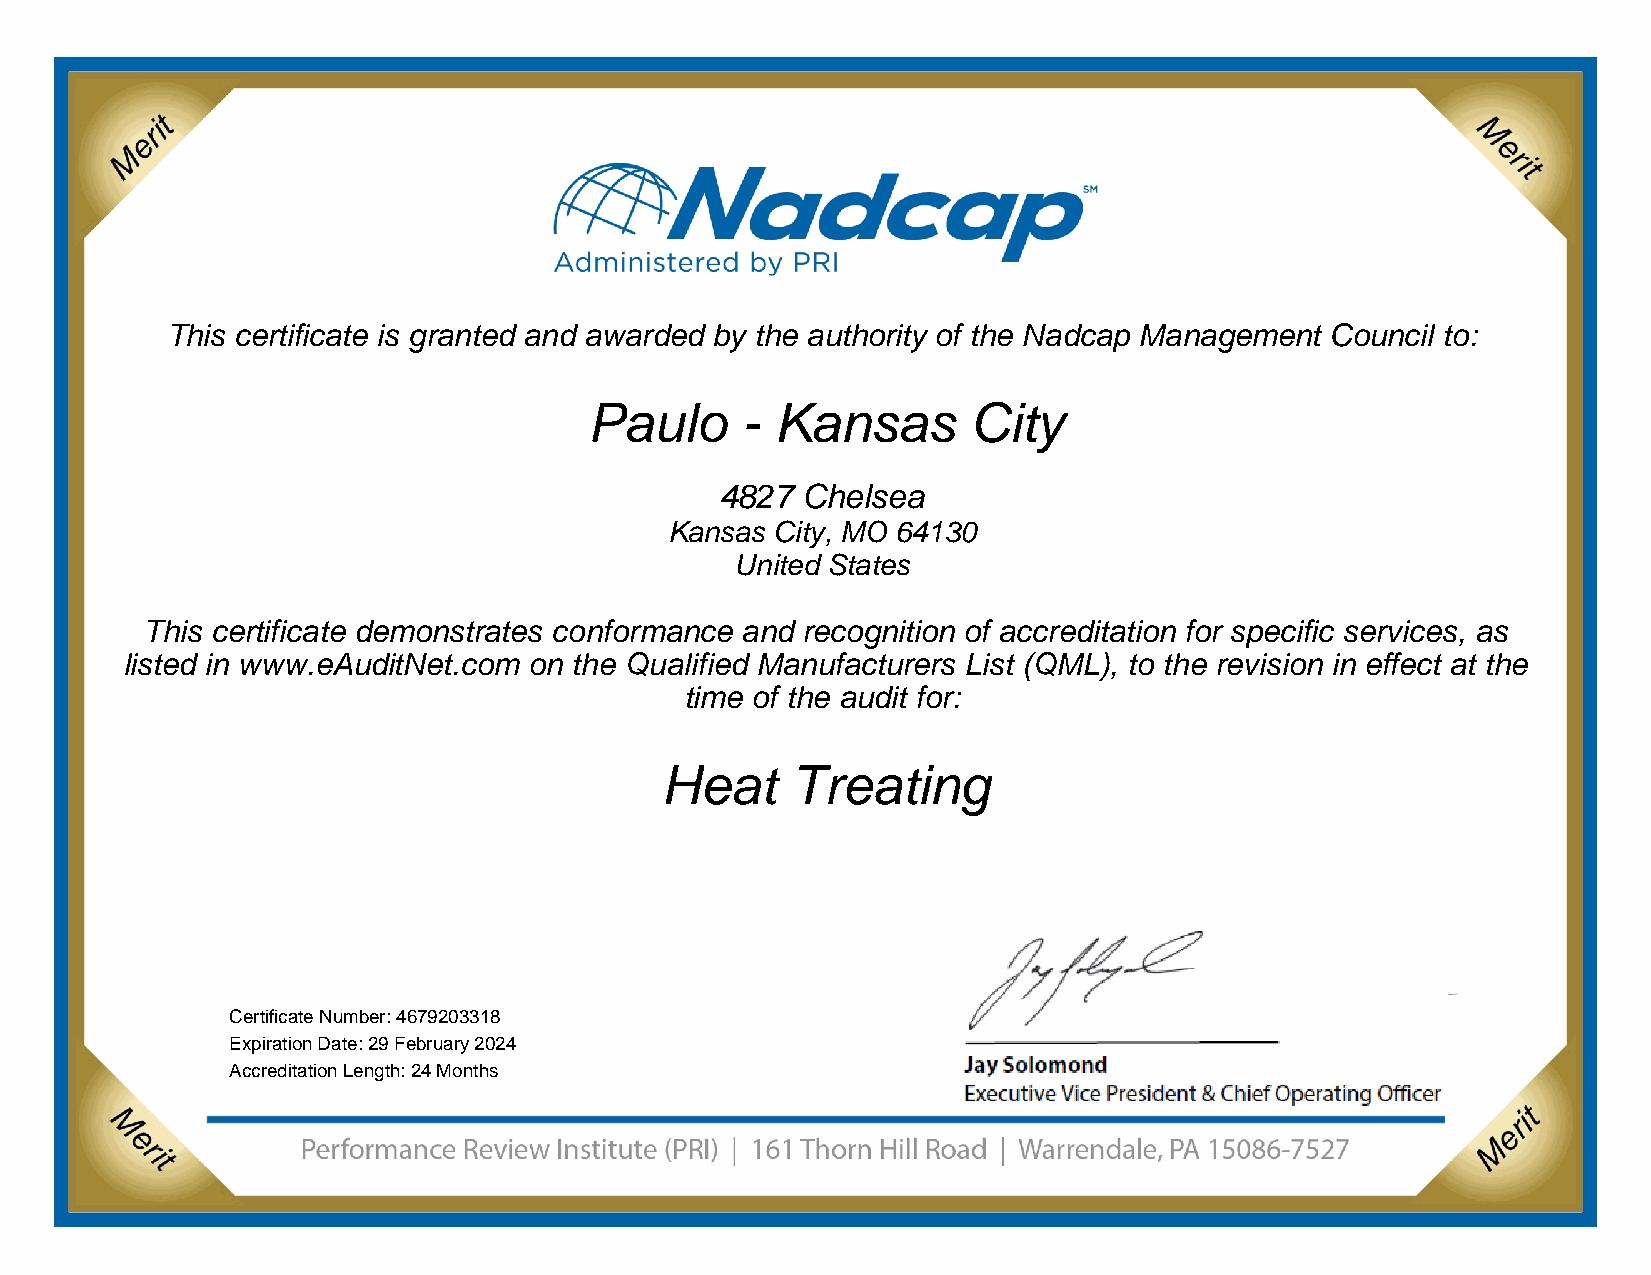
This certificate is granted and awarded by the authority of the Nadcap Management Council to:
 Company           Name       Here
 Address line 1
 Address line 2
 Address line 3
 This certificate demonstrates conformance and recognition of accreditation for specific
 services as listed in www.eAuditNet.com on the Qualified Manufacturers List (QML), to the
 revision in effect at the time of the audit for:
 Process        Name        Here
 Certification Number:
 Expiration Date:
 This certificate is granted and awarded by the authority of the Nadcap Management Council to:
 Paulo     - Kansas       City
 4827 Chelsea
 Kansas City, MO 64130
 United States
 This certificate demonstrates conformance and recognition of accreditation for specific services, as
 listed in www.eAuditNet.com on the Qualified Manufacturers List (QML), to the revision in effect at the
 time of the audit for:
 Heat    Treating
 Certificate Number: 4679203318
 Expiration Date: 29 February 2024
 Accreditation Length: 24 Months